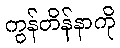
ကွန်တိန်နာကို